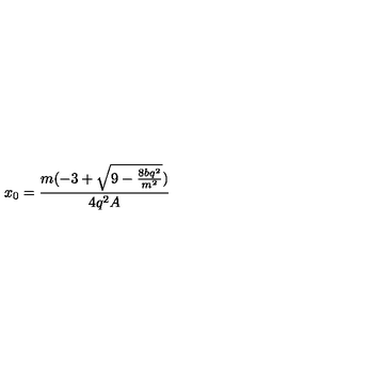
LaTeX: x _ { 0 } = \frac { m ( - 3 + \sqrt { 9 - \frac { 8 b q ^ { 2 } } { m ^ { 2 } } } ) } { 4 q ^ { 2 } A }